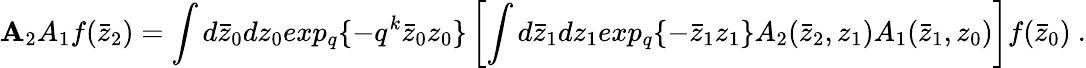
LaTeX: {\mathbf A_{2}A_{1}}f(\bar{z}_{2})=\int d\bar{z}_{0}dz_{0}exp_{q}\{ -q^{k}\bar{z}_{0}z_{0}\} \left[\int d\bar{z}_{1}dz_{1}exp_{q}\{ -\bar{z}_{1}z_{1}\} A_{2}(\bar{z}_{2},z_{1})A_{1}(\bar{z}_{1},z_{0})\right]f(\bar{z}_{0})\ .